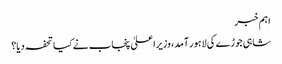
اہم خبر
شاہی جوڑے کی لاہور آمد، وزیراعلیٰ پنجاب نے کیا تحفہ دیا؟